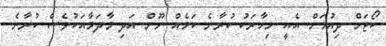
ކޯޓަށް ދިއުމަށް. އެއީ މިހާރަކު ކުރާނެ ކަމެއް ނޫން އަދި މާދަމާއަކުވެސް ކުރާނެ